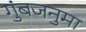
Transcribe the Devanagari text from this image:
गुंबजनुमा